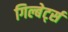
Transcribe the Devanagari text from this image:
गिल्बेर्ट्स